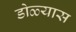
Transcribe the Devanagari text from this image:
डोळ्यास